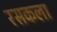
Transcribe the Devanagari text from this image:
रसकला